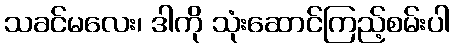
သခင်မလေး၊ ဒါကို သုံးဆောင်ကြည့်စမ်းပါ